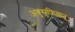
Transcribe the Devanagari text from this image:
अबुसुफियान